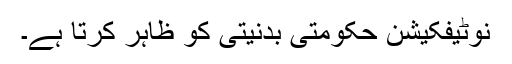
نوٹیفکیشن حکومتی بدنیتی کو ظاہر کرتا ہے۔